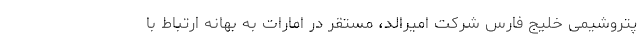
پتروشیمی خلیج فارس شرکت امیرالد، مستقر در امارات به بهانه ارتباط با